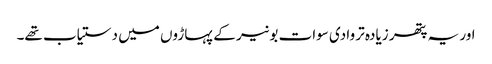
اور یہ پتھر زیادہ تر وادی سوات بونیر کے پہاڑوں میں دستیاب تھے۔